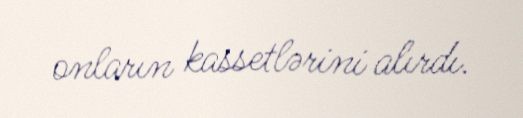
onların kassetlərini alırdı.